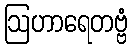
ဩဟာရေတဗ္ဗံ